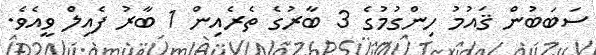
ސަބަބުން ޤައުމު ހިންގުމުގެ 3 ބާރުގެ ތެރެއިން 1 ބާރު ފެއިލް ވީއެވެ.